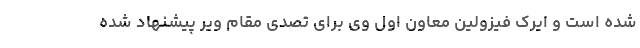
شده است و ایرک فیزولین معاون اول وی برای تصدی مقام ویر پیشنهاد شده